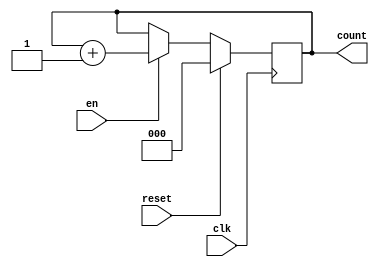
module counter1
(    input en,
     input clk,
	  input reset,
	  output [2:0] count
);
reg [2:0] data;
always @ (posedge clk)
begin
    if (reset == 1)
	     data <= 0;
	 else
	 begin
        if ( en == 1 )
	          data <= data + 1'b 1;
	 end
end
assign count = data;

endmodule